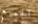
الجميع